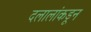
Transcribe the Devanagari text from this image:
दलालांकडून